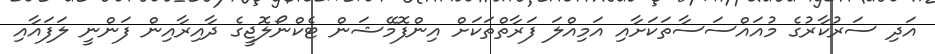
އަދި ސަރުކާރުގެ މުއައްސަސާތަކަށާއި އަމިއްލަ ފަރާތްތަކަށް އިންފޮމޭޝަން ޓެކްނޯލޮޖީގެ ދާއިރާއިން ފަންނީ ލަފައާއި